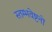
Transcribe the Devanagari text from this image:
स्तम्भवेष्टनों